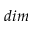
d i m